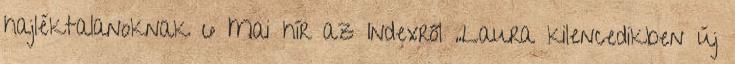
hajléktalanoknak 6 Mai hír az Indexről „Laura kilencedikben új